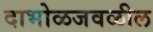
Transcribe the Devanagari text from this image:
दाभोळजवळील